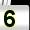
Digit: 5